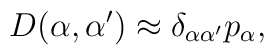
D(\alpha,{\alpha '})\approx\delta_{\alpha{\alpha '}}p_\alpha,